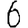
Digit: 6